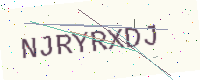
Text: NJRYRXDJ